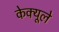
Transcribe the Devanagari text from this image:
केक्यूले